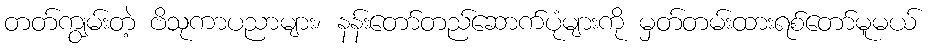
တတ်ကျွမ်းတဲ့ ဗိသုကာပညာများ၊ နန်းတော်တည်ဆောက်ပုံများကို မှတ်တမ်းထားရစ်တော်မူမယ်